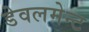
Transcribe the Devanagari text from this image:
डेवलमेन्ट